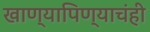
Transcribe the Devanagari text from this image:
खाण्यापिण्याचंही